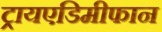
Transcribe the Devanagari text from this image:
ट्रायएडिमीफान